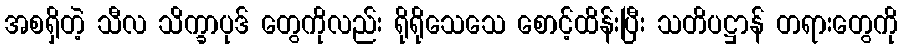
အစရှိတဲ့ သီလ သိက္ခာပုဒ် တွေကိုလည်း ရိုရိုသေသေ စောင့်ထိန်းပြီး သတိပဋ္ဌာန် တရားတွေကို